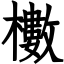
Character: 櫢